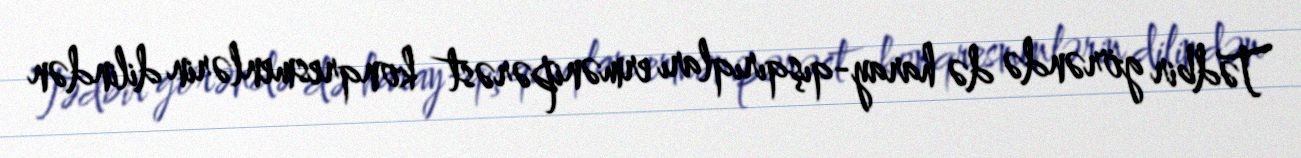
Tədbir görəndə də haray-qışqırıqları ermənipərəst konqresmenlərin dilindən